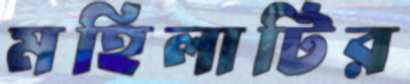
মহিলাটির